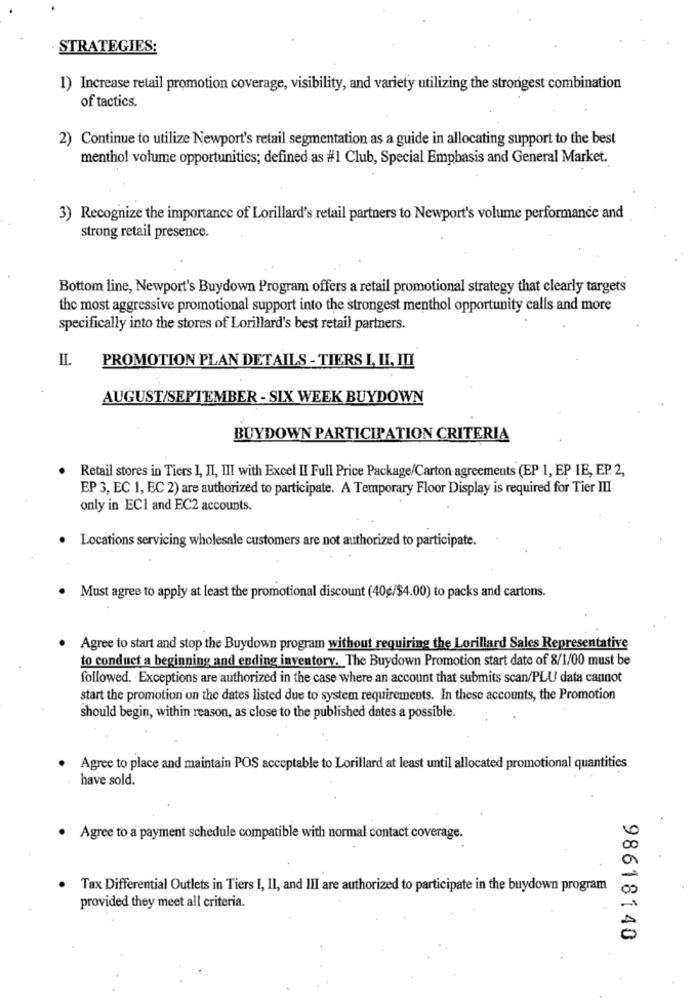
STRATEGIES:
1) Increase retail promotion coverage, visibility, and variety utilizing the strongest combination
of tactics.
2) Continue to utilize Newport's retail segmentation as a guide in allocating support to the best
menthol volume opportunities; defined as #1 Club, Special Emphasis and General Market.
3) Recognize the importance of Lorillard's retail partners to Newport's volume performance and
strong retail presence.
Bottom line, Newport's Buydown Program offers a retail promotional strategy that clearly targets
the most aggressive promotional support into the strongest menthol opportunity calls and more
specifically into the stores of Lorillard's best retail partners.
IL.
PROMOTION PLAN DETAILS - TIERS I, II, III
AUGUST/SEPTEMBER - SIX WEEK BUYDOWN
BUYDOWN PARTICIPATION CRITERIA
Retail stores in Tiers I, II, III with Excel II Full Price Package/Carton agreements (EP 1, EP IE, EP. 2,
EP 3, EC 1, EC 2) are authorized to participate. A Temporary Floor Display is required for Tier III
only in ECI and EC2 accounts.
Locations servicing wholesale customers are not authorized to participate.
Must agree to apply at least the promotional discount (40g/$4.00) to packs and cartons.
Agree to start and stop the Buydown program without requiring the Lorillard Sales Representative
to conduct a beginning and ending inventory. The Buydown Promotion start date of 8/1/00 must be
followed. Exceptions are authorized in the case where an account that submits scan/PLU data cannot
start the promotion on the dates listed due to system requirements. In these accounts, the Promotion
should begin, within reason, as close to the published dates a possible.
Agree to place and maintain POS acceptable to Lorillard at least until allocated promotional quantities
have sold.
· Agree to a payment schedule compatible with normal contact coverage.
Tax Differential Outlets in Tiers I, II, and III are authorized to participate in the buydown program
provided they meet all criteria.
98618140